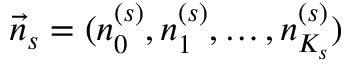
\vec { n } _ { s } = ( n _ { 0 } ^ { ( s ) } , n _ { 1 } ^ { ( s ) } , \ldots , n _ { K _ { s } } ^ { ( s ) } )